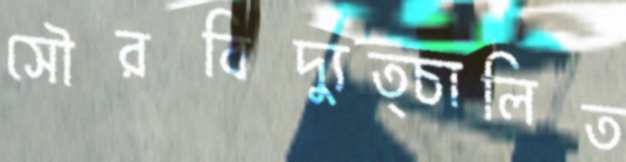
সৌরবিদ্যুত্চালিত